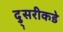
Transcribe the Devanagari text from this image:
दु्सरीकडे